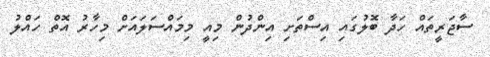
ސާޖަރީތައް ހަދާ ބޮލުގައި އިސްތަށި އިންދުން މިއީ މިމައްސަލައަށް މިހާރު އޮތް ހައްލު